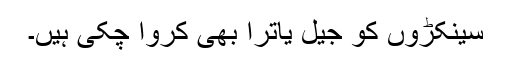
سینکڑوں کو جیل یاترا بھی کروا چکی ہیں۔